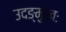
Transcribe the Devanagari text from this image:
उदङ्मुखः